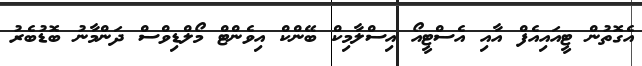
އެގޮތުން ޓީއައިއެފް އާއި އެސްޓީއޯ އިސްލާމިކް ބޭންކް އިވެންޓް މޯލްޑިވްސް ދަންމާނު ބޮޑުބެރު